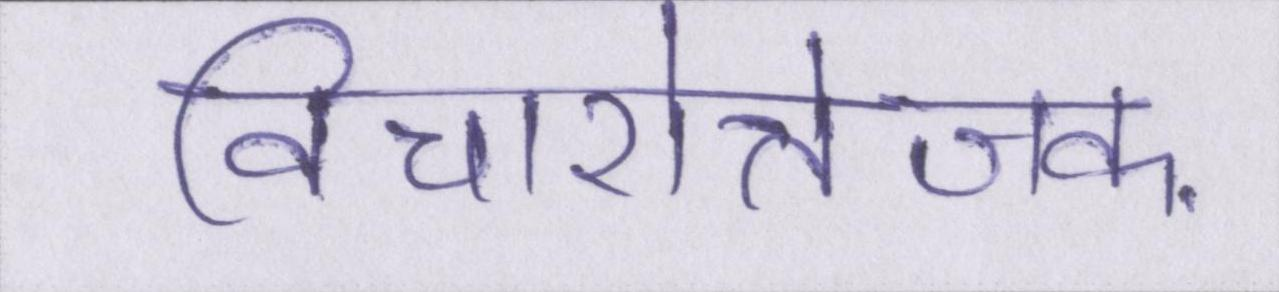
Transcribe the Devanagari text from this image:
विचारोत्तेजक